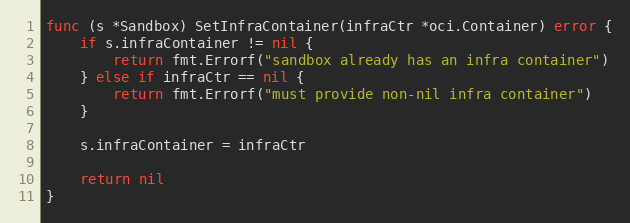
Language: Go
func (s *Sandbox) SetInfraContainer(infraCtr *oci.Container) error {
	if s.infraContainer != nil {
		return fmt.Errorf("sandbox already has an infra container")
	} else if infraCtr == nil {
		return fmt.Errorf("must provide non-nil infra container")
	}

	s.infraContainer = infraCtr

	return nil
}